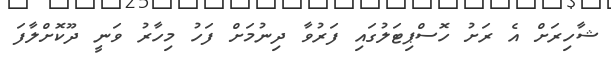
ޝާހިރަށް އެ ރަށު ހޮސްޕިޓަލުގައި ފަރުވާ ދިނުމަށް ފަހު މިހާރު ވަނީ ދޫކޮށްލާފަ